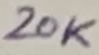
Text: 20K